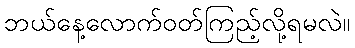
ဘယ်နေ့လောက်ဝတ်ကြည့်လို့ရမလဲ။